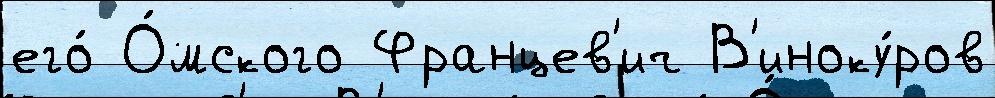
его́ О́мского Францев'ич В'иноку́ров